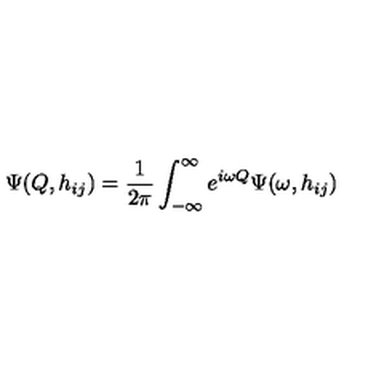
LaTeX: \Psi ( Q , h _ { i j } ) = \frac { 1 } { 2 \pi } \int _ { - \infty } ^ { \infty } e ^ { i \omega Q } \Psi ( \omega , h _ { i j } )